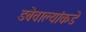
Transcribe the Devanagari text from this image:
डबेवाल्यांकडे